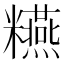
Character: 𥽫